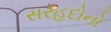
સરહદોનો